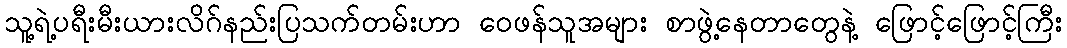
သူ့ရဲ့ပရီးမီးယားလိဂ်နည်းပြသက်တမ်းဟာ ဝေဖန်သူအများ စာဖွဲ့နေတာတွေနဲ့ ဖြောင့်ဖြောင့်ကြီး